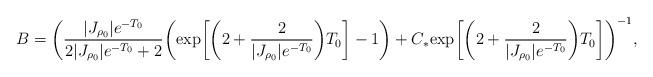
LaTeX: \begin{align*}B=\bigg(\frac{|J_{\rho_0}|e^{-T_{0}}}{2|J_{\rho_0}|e^{-T_{0}}+2} \bigg( {\rm \exp}\bigg[\bigg(2+\frac{2}{|J_{\rho_{0}}|e^{-T_{0}}}\bigg)T_{0}\bigg] -1\bigg) + C_*{\rm \exp}\bigg[\bigg(2+\frac{2}{|J_{\rho_{0}}|e^{-T_{0}}}\bigg)T_{0}\bigg] \bigg)^{-1},\end{align*}